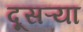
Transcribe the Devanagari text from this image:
दूसऱ्या